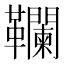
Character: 䪍